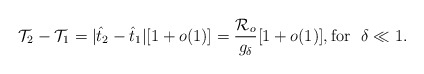
\begin{align*}\mathcal{T}_2-\mathcal{T}_1=|\hat{t}_2-\hat{t}_1|[1+o(1)]=\frac{\mathcal{R}_o}{g_\delta}[1+o(1)], \mbox{for }~ \delta\ll 1.\end{align*}